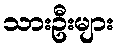
သားဦးများ